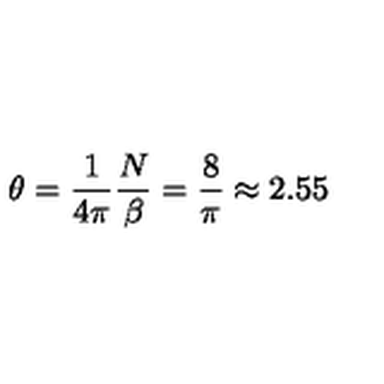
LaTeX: \theta = \frac { 1 } { 4 \pi } \frac { N } { \beta } = \frac { 8 } { \pi } \approx 2 . 5 5